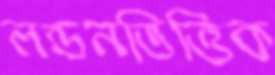
লন্ডনভিত্তিক